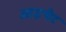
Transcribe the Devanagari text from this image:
आइचैट